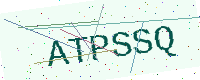
Text: ATPSSQ